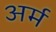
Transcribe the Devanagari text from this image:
अर्म